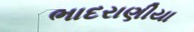
ભાદરાણીયા